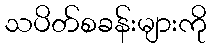
သပိတ်စခန်းများကို